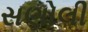
સણોલી